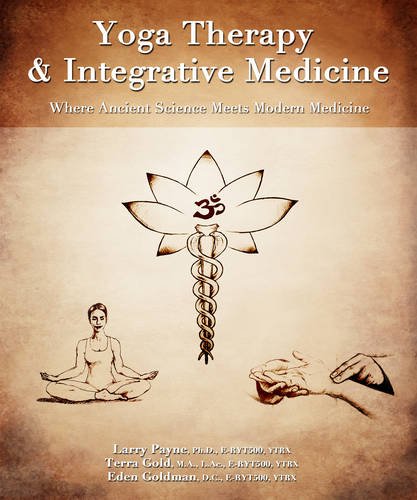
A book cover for Yoga Therapy and Integrative Medicine: Where Ancient Science Meets Modern Medicine; Larry Payne Ph.D.; Health, Fitness & Dieting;